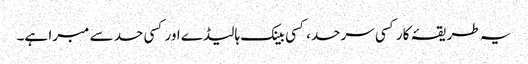
یہ طریقۂ کار کسی سرحد، کسی بینک ہالیڈے اور کسی حد سے مبرا ہے۔